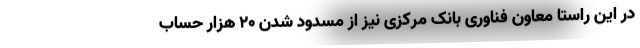
در این راستا معاون فناوری بانک مرکزی نیز از مسدود شدن 20 هزار حساب